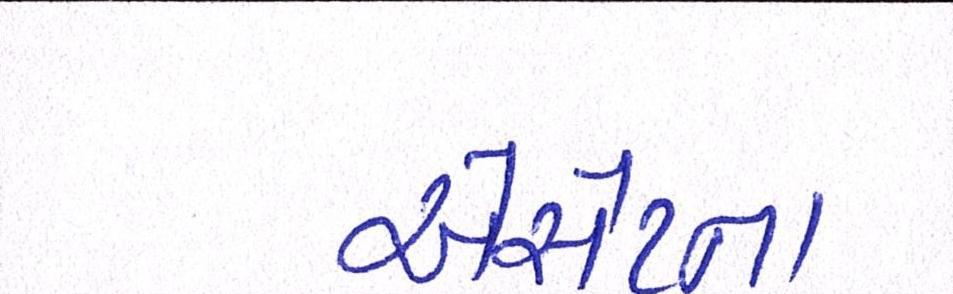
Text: એસેટના